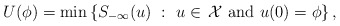
\begin{align*}U(\phi)=\min\left\{S_{-\infty}(u)\ :\ u \in\,\mathcal{X} \mbox{ and } {u(0)=\phi} \right\},\end{align*}